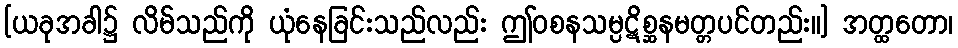
[ယခုအခါ၌ လိမ်သည်ကို ယုံနေခြင်းသည်လည်း ဤဝစနသမ္ပဋိစ္ဆနမတ္တပင်တည်း။] အတ္ထတော၊